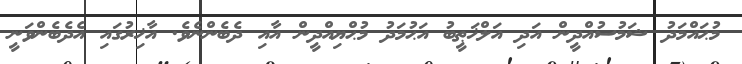
މުޙައްމަދު ޝަމުސުއްދީން އަދި އަލްޚަޠީބު އަޙުމަދު މުޙްޔިއްދީން އާއި ދެބެންނެވެ. އާޚިރުގައި އެދެބެންވަނީ